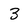
Character: 3